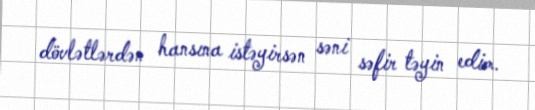
dövlətlərdən hansına istəyirsən səni səfir təyin edim.